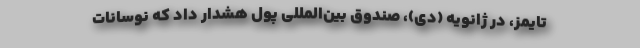
تایمز، در ژانویه (دی)، صندوق بین‌المللی پول هشدار داد که نوسانات